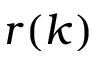
r ( k )